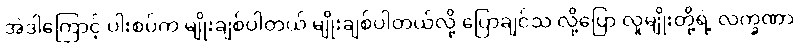
အဲဒါကြောင့် ပါးစပ်က မျိုးချစ်ပါတယ် မျိုးချစ်ပါတယ်လို့ ပြောချင်သ လို့ပြော လူမျိုးတို့ရဲ့ လက္ခဏာ